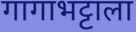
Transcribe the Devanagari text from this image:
गागाभट्टाला